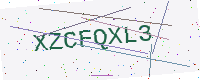
Text: XZCFQXL3